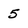
Character: 5